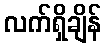
လက်ရှိချိန်